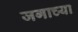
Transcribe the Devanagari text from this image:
जगाच्‍या